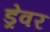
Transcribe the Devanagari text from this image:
ड्रेवर